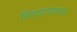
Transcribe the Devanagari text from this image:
विवाहानंतरचा